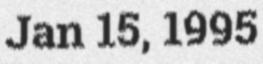
Jan 15, 1995